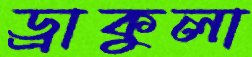
ড্রাকুলা